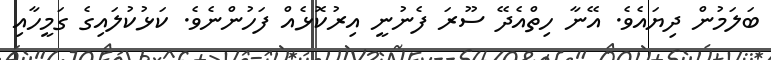
ބަލަމުން ދިޔައެވެ. އޭނާ ހިތްއެދޭ ސޫރަ ފެނުނީ އިރުކޮޅެއް ފަހުންނެވެ. ކަޅުކުލައިގެ ގަމީހާއި